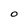
Character: 0